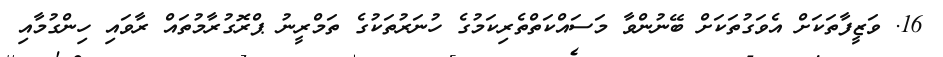
16. ވަޒީފާތަކަށް އެވަގުތަކަށް ބޭނުންވާ މަސައްކަތްތެރިކަމުގެ ހުނަރުތަކުގެ ތަމްރީނު ޕްރޮގުރާމުތައް ރާވައި ހިންގުމާއި